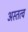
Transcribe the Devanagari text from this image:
अस्तत्व